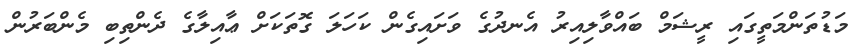
މަޑުތަންމަތީގައި ރީޝަމް ބައްވާލިއިރު އެނދުގެ ވަށައިގެން ކަހަލަ ގޮތަކަށް ޢާއިލާގެ ދެންތިބި މެންބަރުން